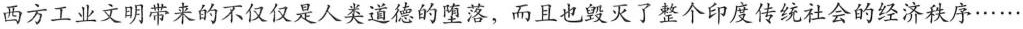
西方工业文明带来的不仅仅是人类道德的堕落，而且也毁灭了整个印度传统社会的经济秩序……